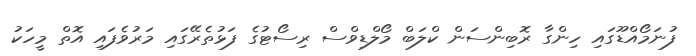
ފުނަމޯއްޑޫގައި ހިންގާ ރޮބިންސަން ކްލަބް މޯލްޑިވްސް ރިސޯޓުގެ ފަޅުތެރޭގައި މަރުވެފައި އޮތް މީހަކު